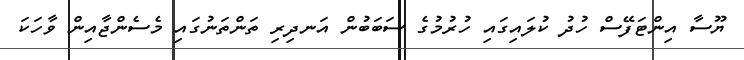
ޔޫސާ އިންޓަފޭސް ހުދު ކުލައިިގައި ހުރުމުގެ ސަބަބުން އަނދިރި ތަންތަނުގައި މެސެންޖާއިން ވާހަކަ